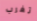
تغرب